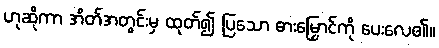
ဟုဆိုကာ အိတ်အတွင်းမှ ထုတ်၍ ပြသော ဓားမြှောင်ကို ပေးလေ၏။